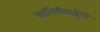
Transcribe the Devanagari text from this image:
सावित्रीबाईशी